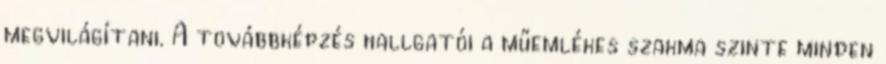
megvilágítani. A továbbképzés hallgatói a műemlékes szakma szinte minden